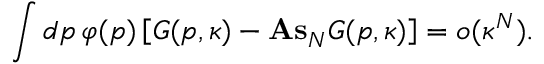
\int d p \, \varphi ( p ) \left[ G ( p , \kappa ) - \mathrm { \bf A s } _ { N } G ( p , \kappa ) \right] = o ( \kappa ^ { N } ) .